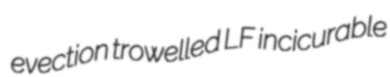
evection trowelled LF incicurable